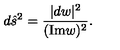
d { \hat { s } } ^ { 2 } = { \frac { | d w | ^ { 2 } } { ( \mathrm { I m } w ) ^ { 2 } } } .